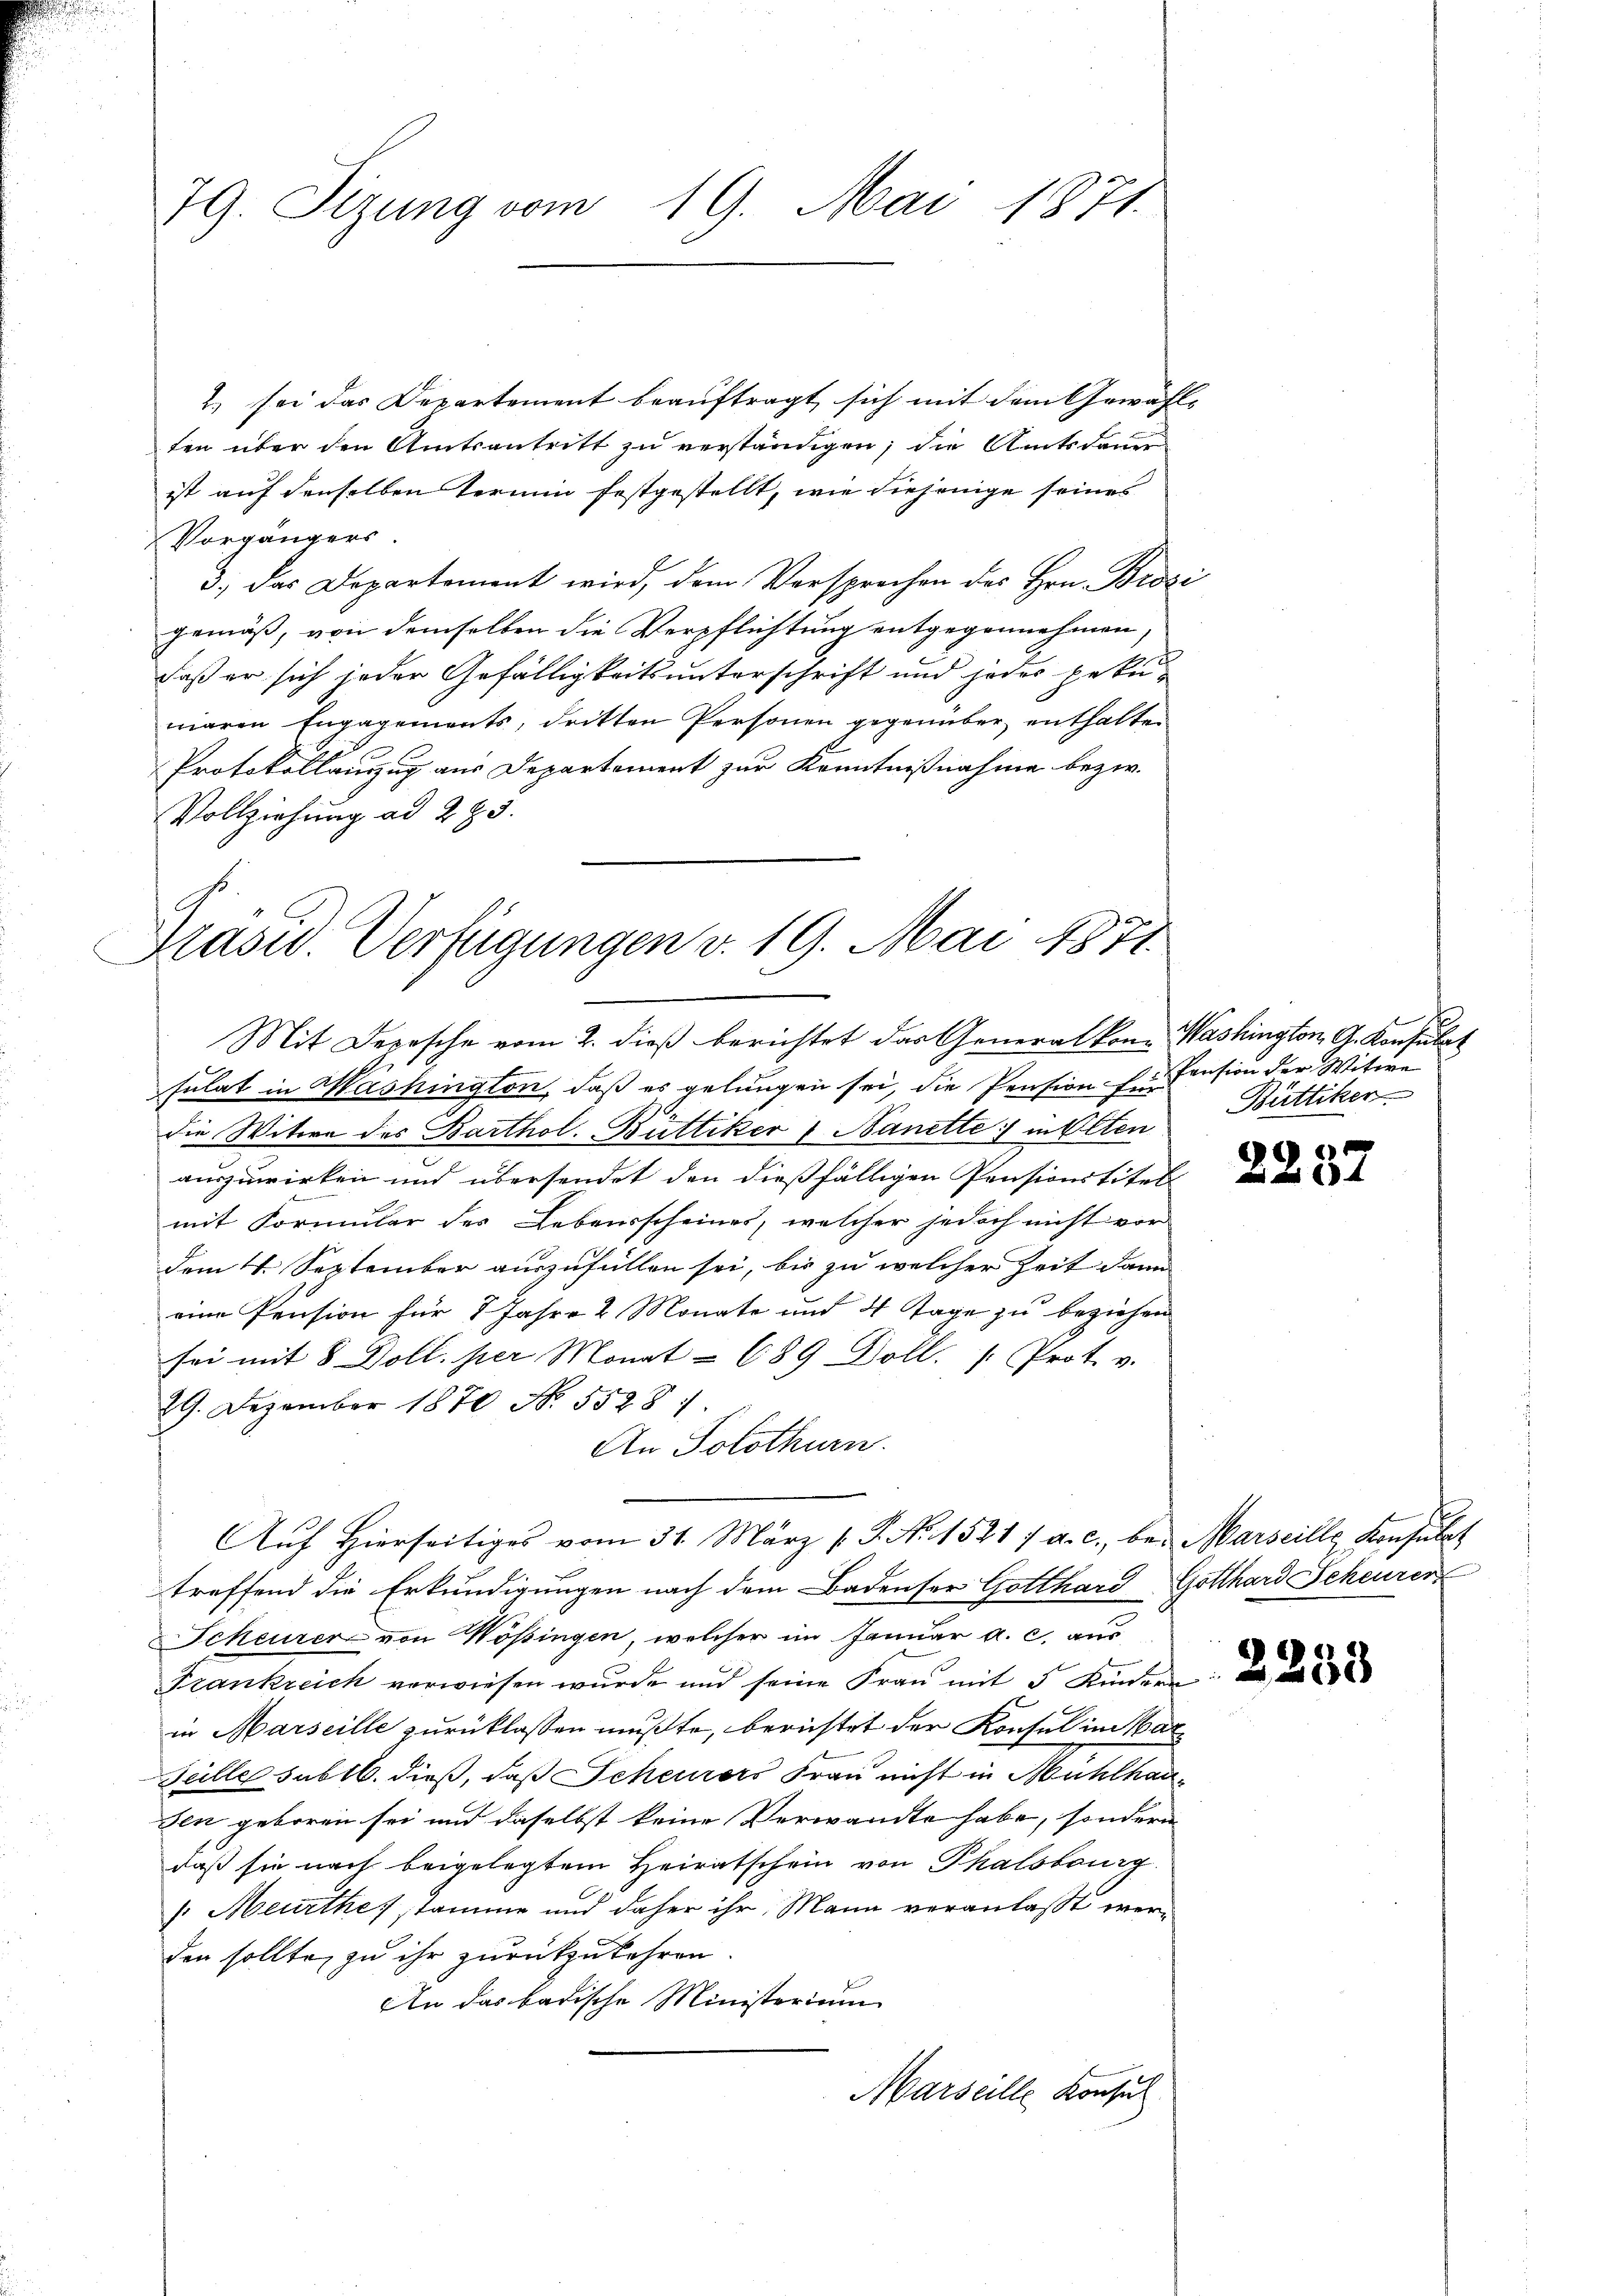
79. Sizung vom 19. Mai 1871.

2) sei das Departement beauftragt sich mit dem Gewählten über den Amtsantritt zu verständigen, die Amtsdauer
ist auf denselben termin festgestellt, wie diejenige seines
Vorgängers.
3.) Das Departement wird, dem Versprechen des Hrn. Brosi
gemäß, von demselben die Verpflichtung entgegennehmen,
daß er sich jeder Gefälligkeitsunterschrift und jedes pekumaren Engagements, dritten Personen gegenüber enthalten
Protokollanzug aus Departement zur Kenntnißnahme bezw.
Vollziehung ad 295.

Grasw. Verfügungen v. 19. Mai 1871.

Aŭf Hierseitiges vom 31. März l. P. Nr. 1521 :/ a. c., bei Marseille Konsulat

Mit Depesche vom 2. dieß berichtet das Generalkon- Washington G. Konsulat
sulat in Washington, daß es gelungen sei, die Pension zu Pension der Witwe
die Witwe des Barthol. Büttiker 1 Nanette in Olten
auszuwirken und übersendet den dießfälligen Pensionstitels
mit Formular des Lebensscheines, welcher jedoch nicht vor
dem 4. September auszufüllen sei, bis zu welcher Zeit dann
eine Pension für 8 Jahre 2 Monate und 4 Tage zu beziehen
sei mit 8 Doll. per Monat = 689 Doll. Prot. v.
29. Dezember 1870 No. 55281.
An Solothurn.
treffend die Erkundigungen nach dem Badenser Gotthard Gotthard Scheurer
Scheurer von Wössingen, welcher im Januar a. c. aus
Frankreich verwiesen wurde und seine Frau mit 5 Kindern
in Marseille zurücklassen mußte, berichtet der Konsul im War¬
Teille sublb. dieß, daß Scheurers Frau nicht in Mühlhausen geboren sei und daselbst keine Verwandte habe, sondern
daß sie nach beigelegtem Heiratschein von Thalsbaurg.
Meurthes stamme und daher ihr Mann veranlaßt werden sollte, zu ihr zurückzukehren.
An das badische Ministerium
Marseille Konsul

Büttiker

2237

2253